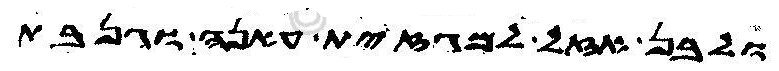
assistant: ולבן אזל למגז ית עאנה וגנבת